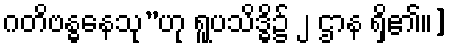
ဂတိဗန္ဓနေသု”ဟု ရူပသိဒ္ဓိ၌ ၂ ဌာန ရှိ၏။]